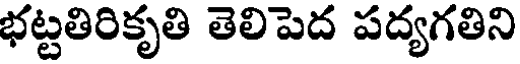
భట్టతిరికృతి తెలిపెద పద్యగతిని